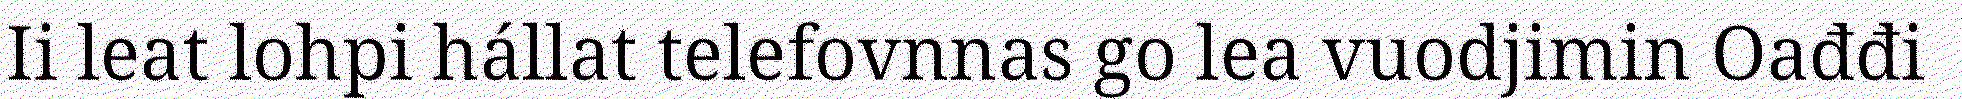
Ii leat lohpi hállat telefovnnas go lea vuodjimin Oađđi